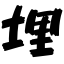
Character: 埋